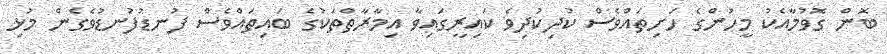
ބޮން ގޮވުމާއެކު މީހުންގެ ހަށިތައްވެސް ކުދިކުދިވެ ކައިރީގައިވާ އިމާރާތްތަކުގެ ބައިތައްވެސް ފުނޑުފުނޑުވެގެން މުޅި